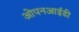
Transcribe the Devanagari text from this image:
ओपनआईडी